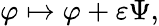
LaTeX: \varphi\mapsto\varphi+\varepsilon\Psi,